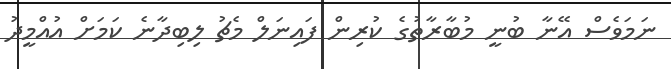
ނަމަވެސް އޭނާ ބުނީ މުބާރާތުގެ ކުރިން ފައިނަލް މެޗު ލިބިދާނެ ކަމަށް އުއްމީދު